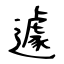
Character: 遽